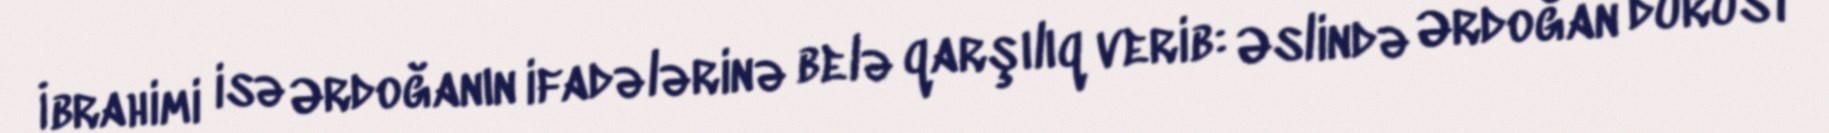
İbrahimi isə Ərdoğanın ifadələrinə belə qarşılıq verib: Əslində Ərdoğan dürüst